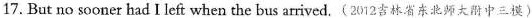
17. But no sooner had I left when the bus arrived.(2012吉林省东北师大中三模)